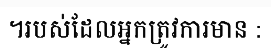
។របស់ដែលអ្នកត្រូវការមាន :